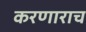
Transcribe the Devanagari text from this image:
करणाराच